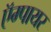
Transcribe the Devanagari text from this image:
ऍम्पायर